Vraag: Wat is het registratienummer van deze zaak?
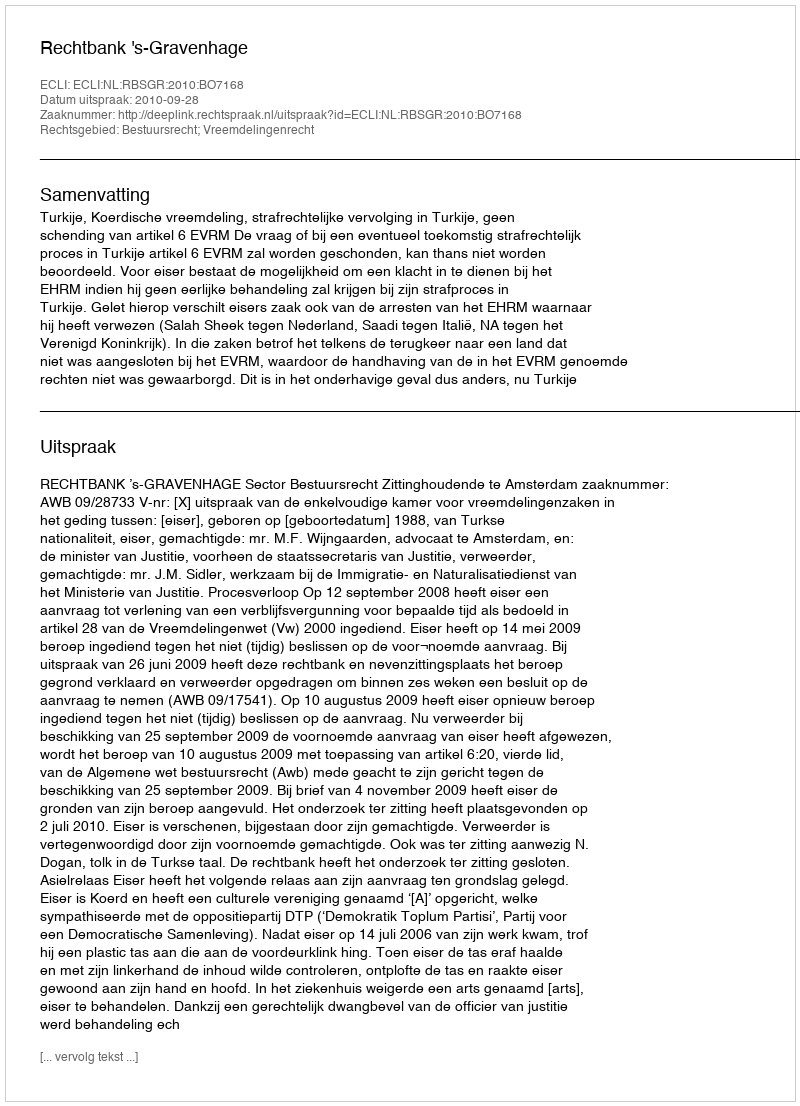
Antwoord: http://deeplink.rechtspraak.nl/uitspraak?id=ECLI:NL:RBSGR:2010:BO7168